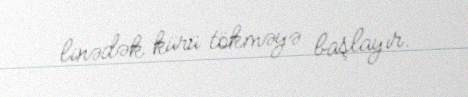
linədək kürü tökməyə başlayır.